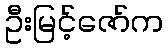
ဦးမြင့်ဇော်က